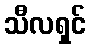
သီလရှင်